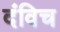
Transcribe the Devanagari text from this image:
दंविच